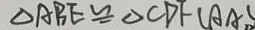
\Delta A B E \cong \Delta C D F ( A A S